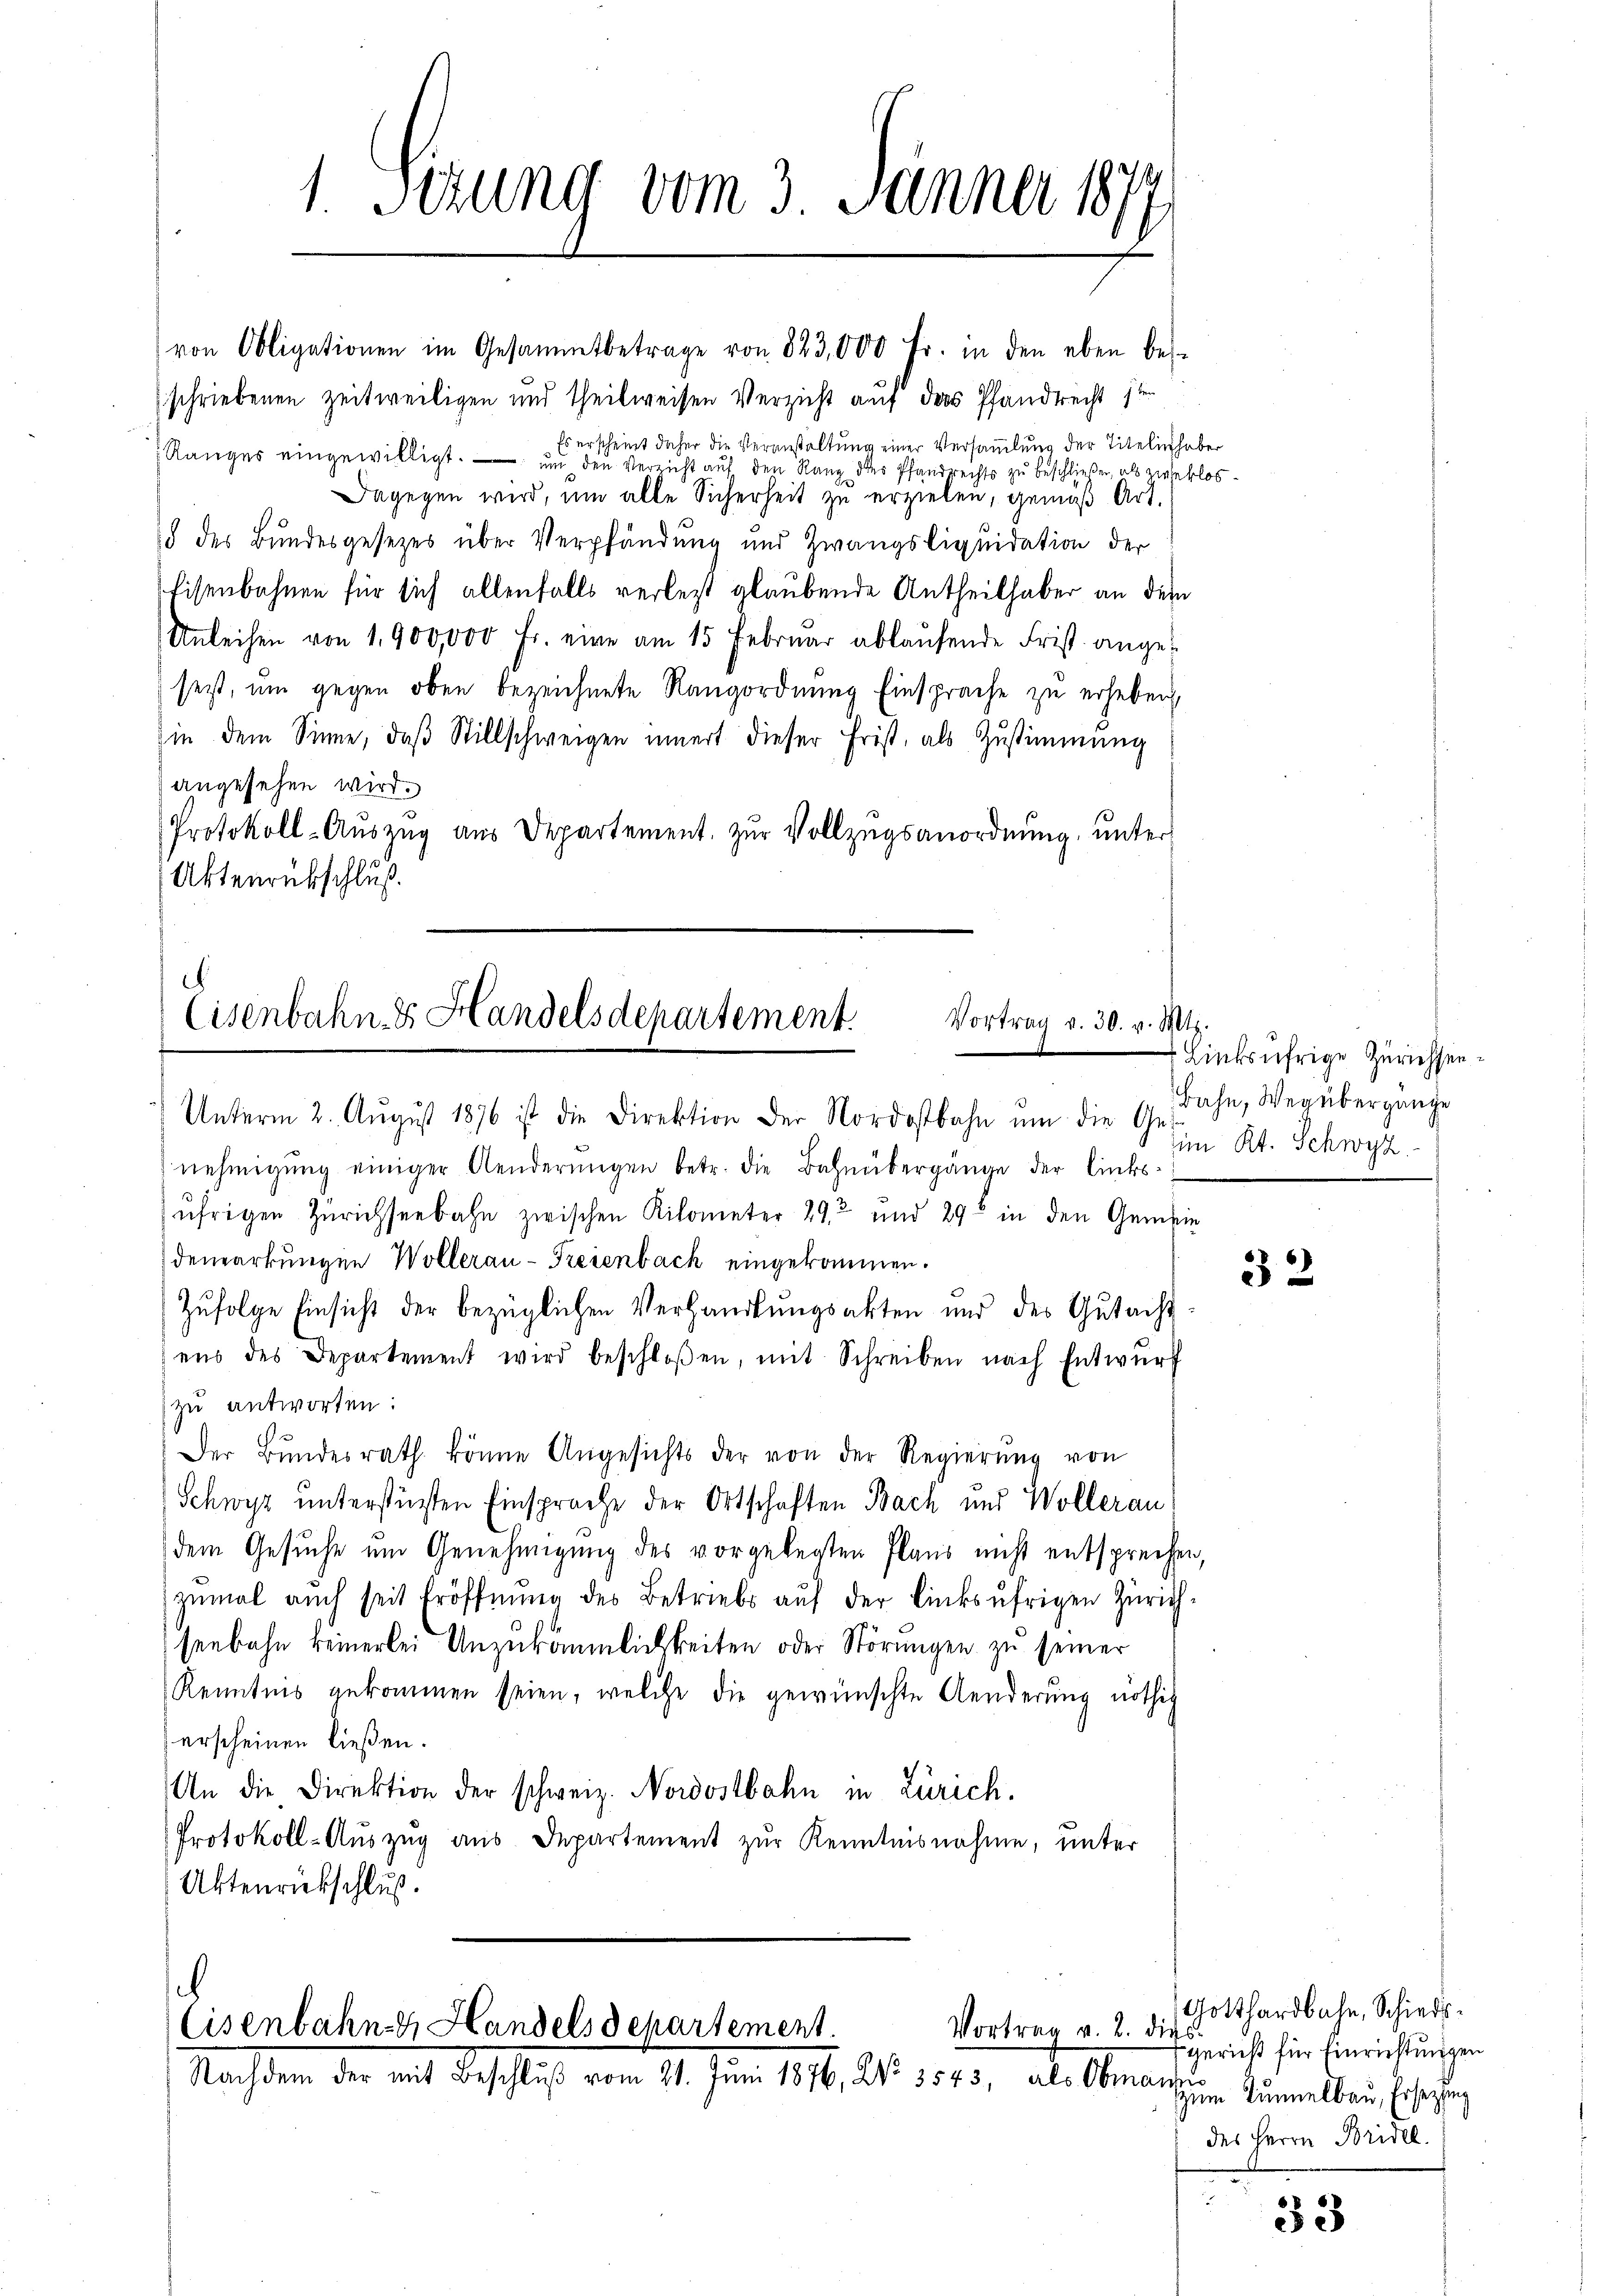
1 Sizung vom 3. Jänner 1877

von Obligationen im Gesammtbetrage von 823,000 Fr. in den eben bes
schriebenen zeitweiligen und theilweisen Verzicht auf das Pfandrecht 1ten
Es erscheint daher die Veranstaltung einer Versammlung der Titelinhaber
Ranges eingewilligt. — und den vo nicht auf den Rang des Pfandrechts zu beschließen, als zweklos¬
Dagegen wird, um alle Sicherheit zu erzielen, gemäß Art.
8 des Bŭndesgesetzes über Verpfändung und Zwangsliqŭidation der
Eisenbahnen für sich allenfalls verletzt glaubende Antheilhaber an dem
Unleihen von 1,900,000 Fr. eine am 15 Februar ablaŭfende Frist angesetzt, um gegen oben bezeichnete Rangordnung Einsprache zu erheben,
in dem Sinne, daß Stillschweigen innert dieser Frist, als Zustimmung
angesehen wird.
Protokoll-Aŭszŭg aŭs Departement zŭr Vollzŭgsanordnŭng ŭnter
Aktenrübschluß.

.
Eisenbahn, 3 Handelsdepartement.
Vortrag v. 30. v. Mts.
Unterm 2. Aŭgŭst 1876 ist die Direktion der Nordostbahn um die Ge¬

nehmigŭng einiger Aenderŭngen betr. die Bahnübergänge der links-
ufrigen Zürichseebahn zwischen Kilometer 292 und 29 in den Gemeindenmarkungen Wollerau-Freienbach eingekommen.
Zufolge Einsicht der bezüglichen Verhandlungsakten und des Gutacht
ens des Departement wird beschloßen, mit Schreiben nach Entwŭrf
zu antworten:
Der Bŭndesrath könne Angesichts der von der Regierŭng von
Schwyz unterstüzten Einsprache der Ortschaften Bach und Wollerau
dem Gesuche um Genehmigung des vorgelegten Plans nicht entsprechen,
zŭmal auch seit Eröffnŭng des Betriebs aŭf der linksufrigen Zürich-
seebahn keinerlei Unzukämmlichkeiten oder Störungen zu seiner
Kenntnis gekommen seien, welche die gewünschte Aenderung nöthig
erscheinen ließen.
An die Direktion der schweiz. Nordostbahn in Zürich.
Protokoll-Auszug aus Departement zur Kenntnisnahme, unter
Aktenrückschluß.

b
Cisenbahn & Handels Departement.
Vortrag v. 2. die
Nachdem der mit Beschlŭβ vom 21. Jŭni 1876, No. 3543, als Obman

Linksufrige Zürichsen.
Bahn, Weg übergange
im Kt. Schwyz

32

Gotthardbahn, Schiedsfgericht für Einrichtungen
zum Tunnelbau, Ersezung
des Herrn Bridel.

33